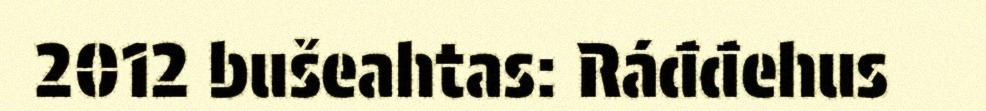
2012 bušeahtas: Ráđđehus